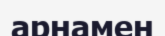
арнамен